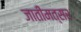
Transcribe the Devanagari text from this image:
जातीमत्सर